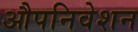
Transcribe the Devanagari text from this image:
औपनिवेशन